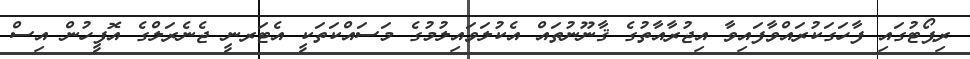
ރިޕޯޓުގައި ފާހަގަކުރައްވާފައިވާ އިޖުރާއާތުގެ ޤާނޫނުތައް އެކުލަވައިލުމުގެ މަސައްކަތަކީ އެޓަރނީ ޖެނެރަލްގެ އޮފީހުން އިސް